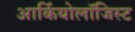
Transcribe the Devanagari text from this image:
आर्कियोलाॅजिस्ट